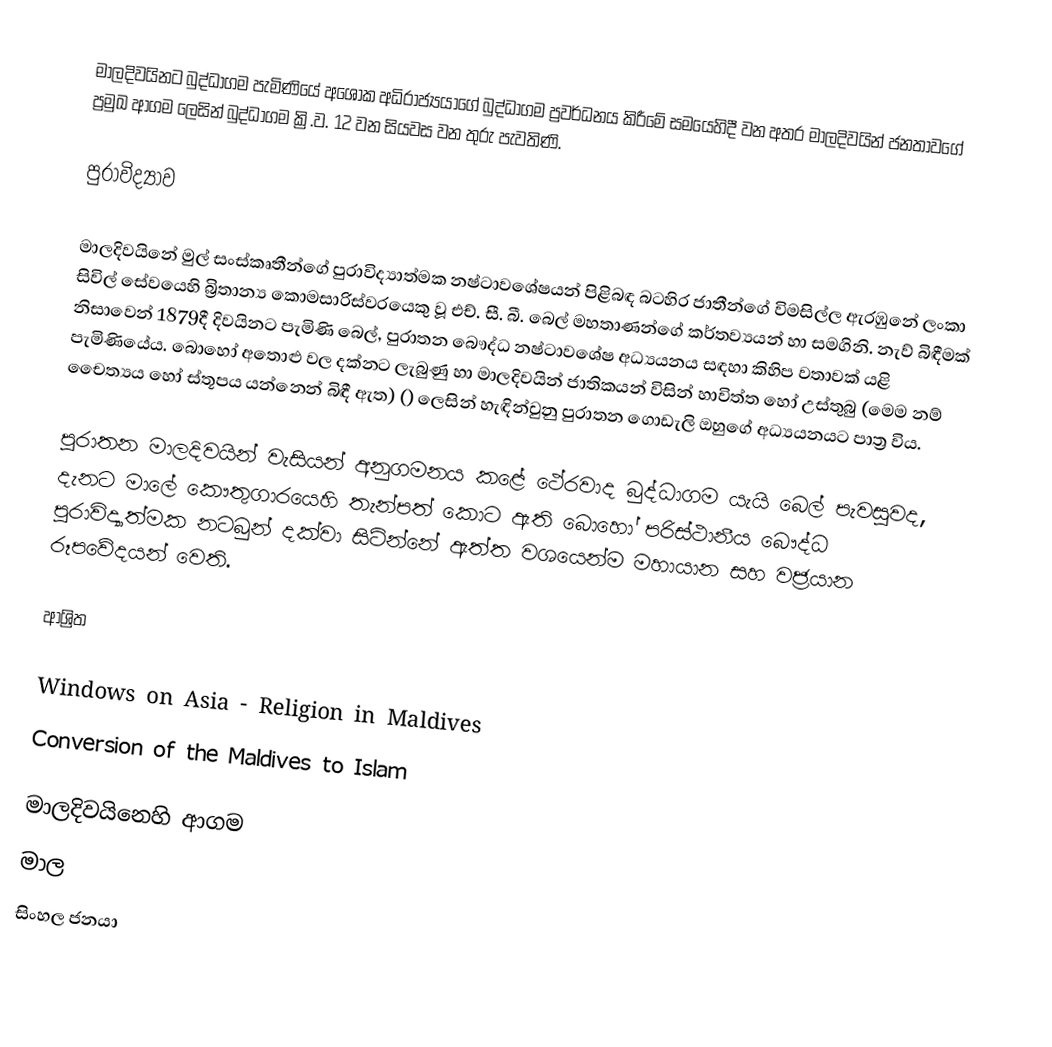
මාලදිවයිනට බුද්ධාගම පැමිණියේ අශෝක අධිරාජ්‍යයාගේ බුද්ධාගම ප්‍රවර්ධනය කිරීමේ සමයෙහිදී වන අතර මාලදිවයින් ජනතාවගේ ප්‍රමුඛ ආගම ලෙසින්  බුද්ධාගම ක්‍රි.ව. 12 වන සියවස වන තුරු පැවතිණි.

පුරාවිද්‍යාව

මාලදිවයිනේ මුල් සංස්කෘතීන්ගේ පුරාවිද්‍යාත්මක නෂ්ටාවශේෂයන් පිළිබඳ බටහිර ජාතීන්ගේ විමසිල්ල ඇරඹුනේ ලංකා සිවිල් සේවයෙහි බ්‍රිතාන්‍ය කොමසාරිස්වරයෙකු වූ එච්. සී. බී. බෙල් මහතාණන්ගේ කර්තව්‍යයන් හා සමගිනි. නැව් බිඳීමක් නිසාවෙන් 1879දී දිවයිනට පැමිණි බෙල්,  පුරාතන බෞද්ධ නෂ්ටාවශේෂ අධ්‍යයනය සඳහා කිහිප වතාවක් යළි පැමිණියේය. බොහෝ අතොළු වල දක්නට ලැබුණු හා මාලදිවයින් ජාතිකයන් විසින් හාවිත්ත හෝ උස්තුබු (මෙම නම් චෛත්‍යය හෝ ස්තූපය යන්නෙන් බිඳී ඇත) ()  ලෙසින් හැඳින්වුනු පුරාතන ගොඩැලි ඔහුගේ අධ්‍යයනයට පාත්‍ර විය.

පුරාතන මාලදිවයින් වැසියන් අනුගමනය කළේ ථේරවාද බුද්ධාගම යැයි බෙල් පැවසුවද, දැනට මාලේ කෞතුගාරයෙහි තැන්පත් කොට ඇති බොහෝ පරිස්ථානීය බෞද්ධ පුරාවිද්‍යාත්මක නටබුන්  දක්වා සිටින්නේ ඇත්ත වශයෙන්ම මහායාන සහ වජ්‍රයාන රූපවේදයන් වෙති.

ආශ්‍රිත

Windows on Asia - Religion in Maldives
Conversion of the Maldives to Islam

මාලදිවයිනෙහි ආගම
මාල
සිංහල ජනයා